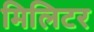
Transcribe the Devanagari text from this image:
मिलिटर